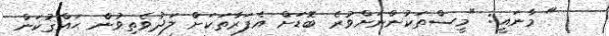
" މާނައީ: "މީސްތަކުންނަށްވުރެ ބޮޑަށް އެފަރާތަކަށް ލަދުވެތިވުން ޙައްޤުކަން